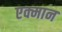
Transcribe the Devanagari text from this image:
एक्मान